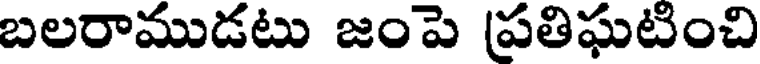
బలరాముడటు జంపె (ప్రతిఘటించి